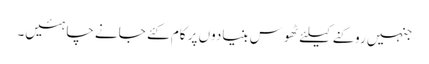
جنہیں روکنے کیلئے ٹھوس بنیادوں پر کام کئے جانے چاہئیں۔